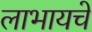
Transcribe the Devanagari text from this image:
लाभायचे